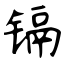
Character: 镉